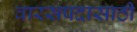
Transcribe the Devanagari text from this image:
वारसपदासाठी